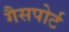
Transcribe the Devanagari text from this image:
गैसपोर्ट